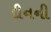
દીનની